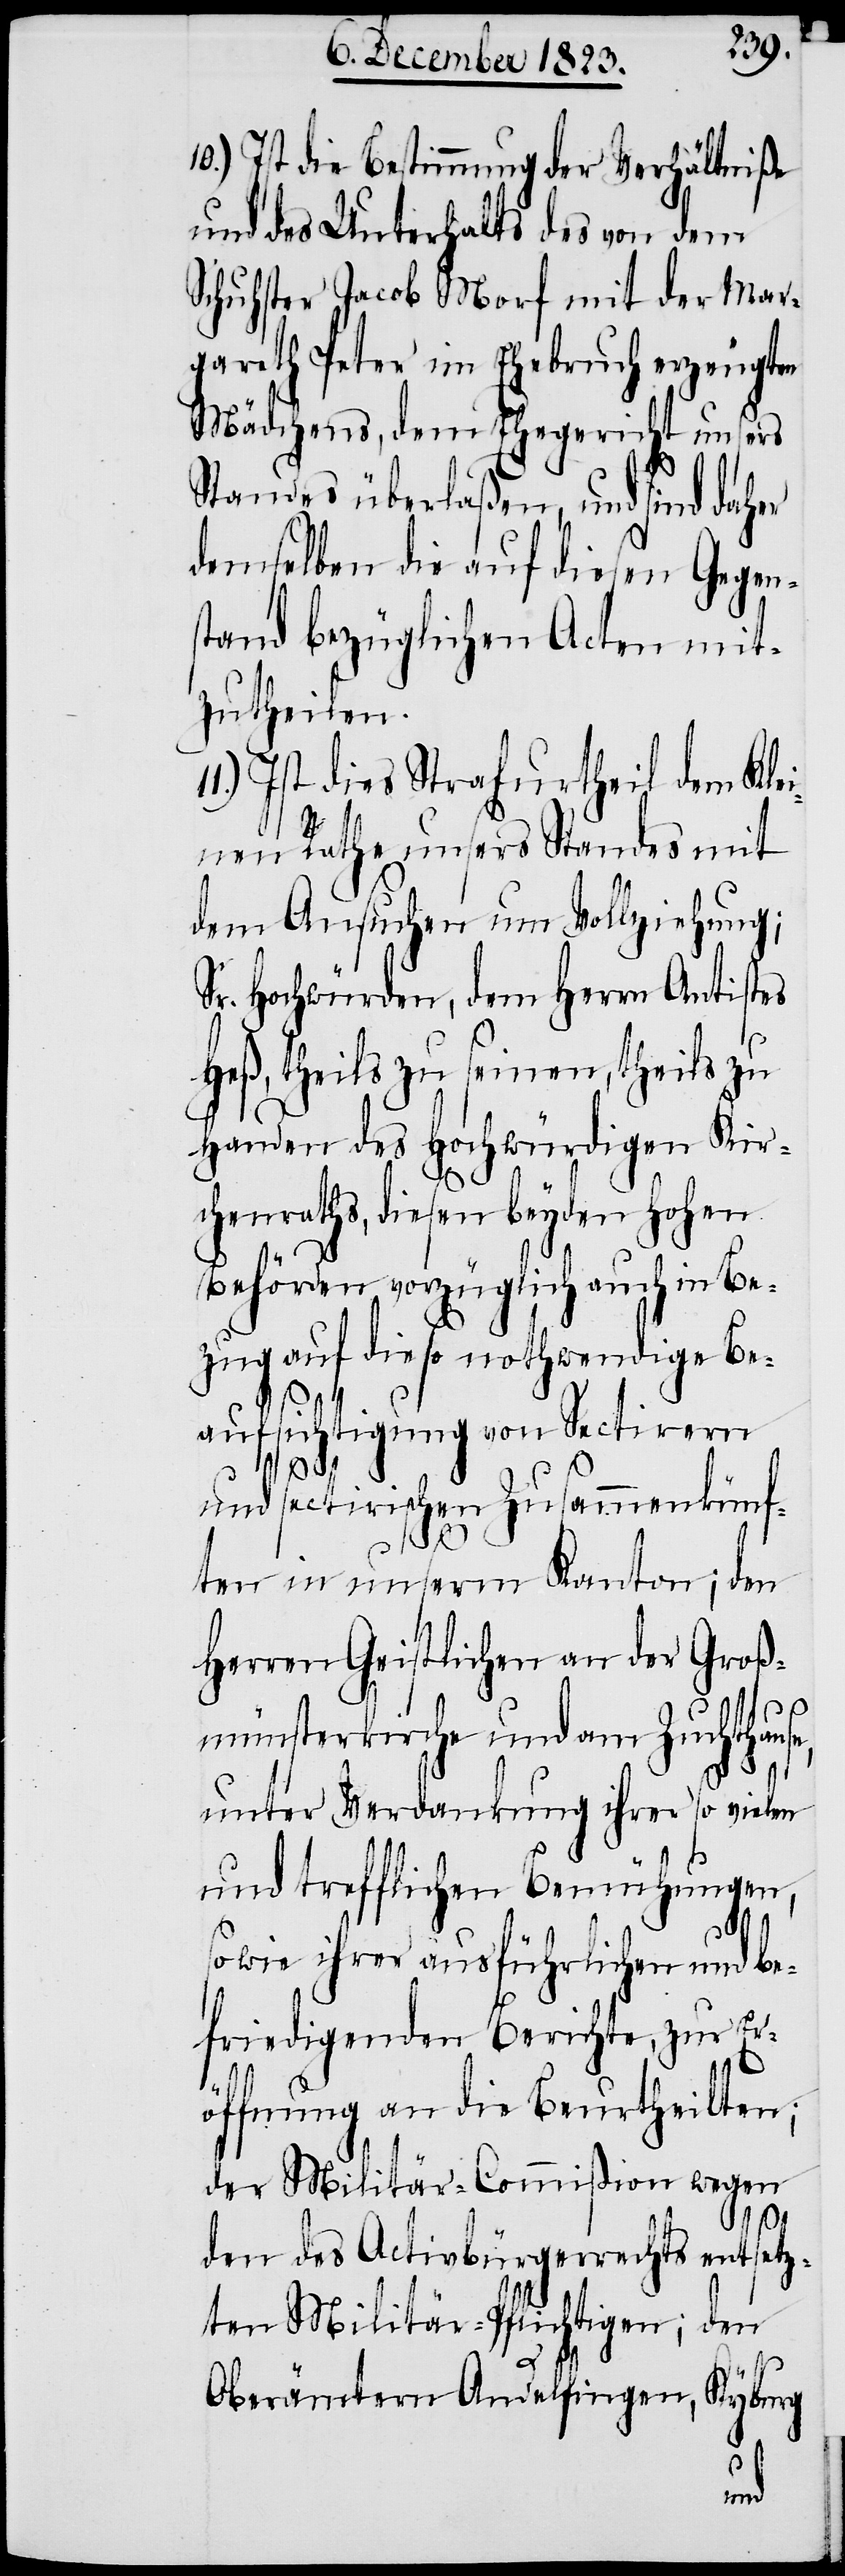
10.) Ist die Bestimmung der Verhältniße
und des Unterhalts des von dem
Schuhster Jacob Morf mit der Mar¬
gareth Peter im Ehebruch erzeugten
Mädchens, dem Ehegericht unsers
Standes überlaßen, und sind daher
demselben die auf diesen Gegens¬
tand bezüglichen Acten mit¬
zutheilen.
Ist dies Strafurtheil dem Klei¬
nen Rathe unsers Standes mit
dem Ansuchen um Vollziehung;
Sr. Hochwürden, dem Herrn Antistes
Heß, theils zu seinen, theils zu
Handen des Hochwürdigen Kir¬
chenraths, diesen beyden hohen
Behörden vorzüglich auch in Be¬
zug auf die so nothwendige Be¬
aufsichtigung von Sectirern
und sectirischen Zusammenkünf¬
e,
ten in unserm Kanton; den
Herren Geistlichen an der Groß¬
münsterkirche und am Zuchthaus¬
unter Verdankung ihrer so vielen
und trefflichen Bemühungen,
sowie ihrer ausführlichen und be¬
friedigenden Berichte, zur Er¬
öffnung an die Beurtheilten;
der Militär-Commißion wegen
den des Activbürgerrechts entsetz¬
ten Militär-Pflichtigen; den
Oberämtern Andelfingen, Kyburg